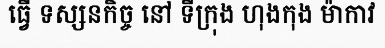
ធ្វើ ទស្សនកិច្ច នៅ ទីក្រុង ហុងកុង ម៉ាកាវ